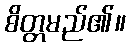
စိတ္တမည်၏။